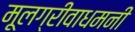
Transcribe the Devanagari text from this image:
मूलग्रीवाधमनी